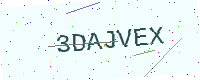
Text: 3DAJVEX